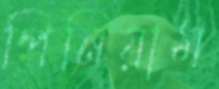
পিনিয়াম